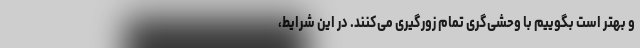
و بهتر است بگوییم با وحشی‌گری تمام زورگیری می‌کنند. در این شرایط،